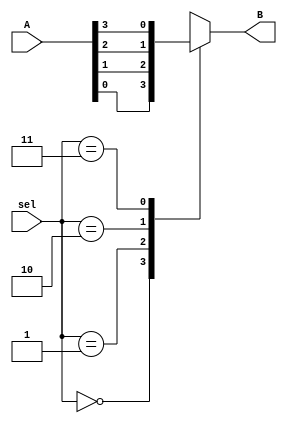
/*
				***** MULTIPLEXOR 4 A 1 *****
				
		El presente cdigo desarrollado en verilog tiene como finalidad la implementacin 
		de un multiplexor cuatro a una cuatro entradas que saldrn a travs de una unica
		salida implementando un selector para asignar el momento en que cada determinada
		entrada tendr su turno para salir dichas entradas sern parte de un vector de 
		cuatro bits.
		Versin: 1.0
		Fecha: 22-Marzo-2023
*/

module Multiplexor4a1(											// Creacin del mdulo
		input [3:0] A,										// Declaracin del vector A de entrada de cuatro bits
		input [1:0] sel,									// Declaracin del vector sel de seleccin de dos bits
		output reg B										// Declaracin de la salida B un solo bit
		);

	always @(sel)											// Lista sensitiva con respecto al selector											
	begin
		
			case (sel)									// Case evalua los casos del selector
					2'b00 : B = A[0];								
					2'b01 : B = A[1];
					2'b10 : B = A[2];
					2'b11 : B = A[3];
					default : B = A[0];						// Valor asignado por default a la salida
			endcase										// Fin de los casos
	end												// Fin de la lista sensible
	
endmodule 												// Fin del mdulo